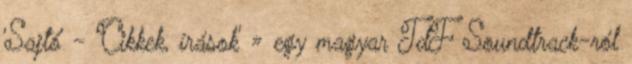
'Sajtó' - 'Cikkek, írások' » egy magyar TdF Soundtrack-ról